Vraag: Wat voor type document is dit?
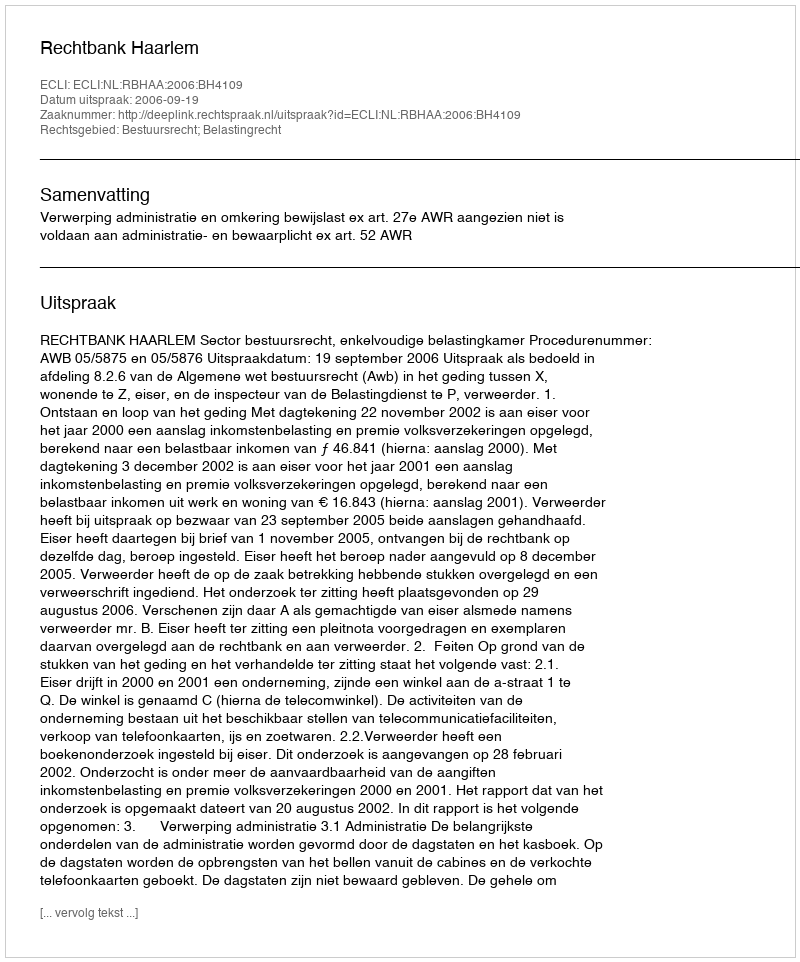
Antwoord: Uitspraak